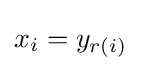
x_{i}=y_{r(i)}